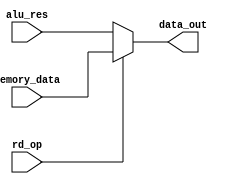
`timescale 1ns / 1ps

module rd_mux(
    input [7:0]memory_data,
    input [7:0]alu_res,
    input rd_op,
    output [7:0]data_out
);
assign data_out = rd_op == 1'b0 ? alu_res : memory_data;
endmodule

module pc_mux(
    input [7:0]pc_addr_plus_1,
    input [7:0]alu_res,
    input jump,
    output [7:0]data_out
);
assign data_out = jump == 1'b0 ? pc_addr_plus_1 : alu_res;
endmodule

module rx_mux(
    input [7:0]r0,
    input [7:0]r1,
    input [7:0]r2,
    input [7:0]r3,
    input [7:0]r4,
    input [7:0]r5,
    input [7:0]r6,
    input [7:0]r7,
    input [2:0]rx_op, //odpalenie muxa
    output [7:0]data_out  
);
assign data_out = rx_op == 3'd0 ? r0 : rx_op == 3'd1 ? r1 : rx_op == 3'd2 ? r2 : rx_op == 3'd3 ? r3 : rx_op == 3'd4 ? r4 : rx_op == 3'd5 ? r5 : rx_op == 3'd6 ? r6 : r7; //przypisanie odpowiedniego rejestru
endmodule


module ry_mux
(
    input [7:0]r0,
    input [7:0]r1,
    input [7:0]r2,
    input [7:0]r3,
    input [7:0]r4,
    input [7:0]r5,
    input [7:0]r6,
    input [7:0]r7,
    input [2:0]ry_op, //odpalenie muxa
    output [7:0]data_out
    
    
);
assign data_out = ry_op == 3'd0 ? r0 : ry_op == 3'd1 ? r1 : ry_op == 3'd2 ? r2 : ry_op == 3'd3 ? r3 : ry_op == 3'd4 ? r4 : ry_op == 3'd5 ? r5 : ry_op == 3'd6 ? r6 : r7;
endmodule

module imm_mux(
    input [7:0]imm,
    input [7:0]ry_out,
    input imm_op,
    output [7:0]data_out
);
assign data_out= imm_op==1'b0 ? ry_out : imm; //przypisanie rejestru bd wartoci z imm
endmodule

module alu_mux(
    input [7:0]data_and,
    input [7:0]data_plus,
    input [7:0]data_compare,
    input [7:0]data_imm,
    input [1:0]alu_op,
    output [7:0]alu_res
);
assign alu_res = alu_op == 2'd0 ? data_and : alu_op == 2'd1 ? data_plus : alu_op == 2'd2 ? data_compare : data_imm;
endmodule